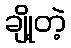
ချို့တဲ့